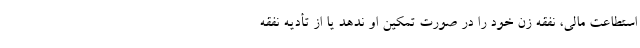
استطاعت مالی، نفقه زن خود را در صورت تمکین او ندهد یا از تأدیه نفقه